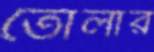
তোলার